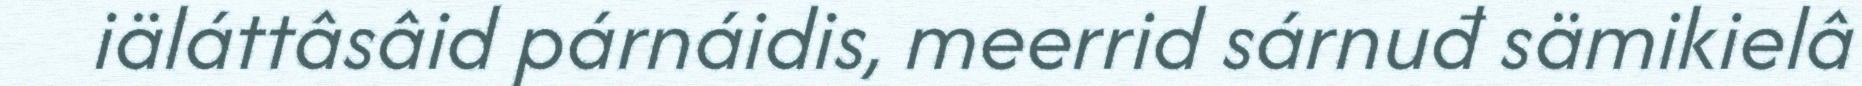
iäláttâsâid párnáidis, meerrid sárnuđ sämikielâ